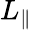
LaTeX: L_{\parallel}